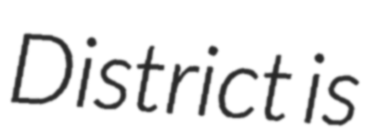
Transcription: District is